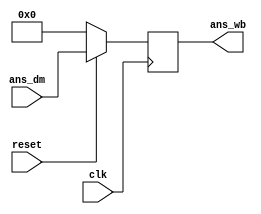
`timescale 1ns / 1ps
//////////////////////////////////////////////////////////////////////////////////
// Company: 
// Engineer: 
// 
// Design Name: 
// Module Name:    write_block 
// Project Name: 
// Target Devices: 
// Tool versions: 
// Description: 
//
// Dependencies: 
//
// Revision: 
// Revision 0.01 - File Created
// Additional Comments: 
//
//////////////////////////////////////////////////////////////////////////////////
module Write_Block(
    input [0:15] ans_dm,
    input clk,
    input reset,
    output reg [0:15] ans_wb
	 //reg [0:15] 
    );
always@(posedge clk)
begin
 if(reset==1'b0)
  ans_wb=16'b0000000000000000;
 else
  ans_wb<=ans_dm;
end
 


endmodule